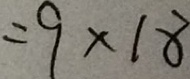
= 9 \times 1 8